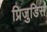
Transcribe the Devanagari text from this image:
प्रिजुडिस